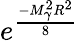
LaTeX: e^{\frac{-M_{\gamma}^{2}R^{2}}{8}}